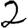
Digit: 2